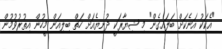
"އެކަކު އަނެކަށް ބަލައިގެން" މި ޝިޔާރަކީ ދުނިޔެއަށް ހަތް ބިލިއަން މީހުން އިތުރުވުމުން